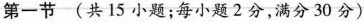
第一节 (共15 小题;每小题 2 分,满分 30 分)